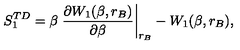
S _ { 1 } ^ { T D } = \beta \left. { \frac { \partial { W _ { 1 } ( \beta , r _ { B } ) } } { \partial \beta } } \right| _ { r _ { B } } - W _ { 1 } ( \beta , r _ { B } ) ,